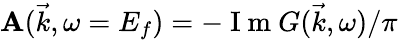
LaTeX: \mathbf{A}(\vec{{k}},\omega=E_{f})=-\mathrm{{~I~m~}}G(\vec{{k}},\omega)/\pi